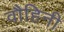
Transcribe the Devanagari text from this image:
वौहिनी